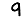
Digit: 9